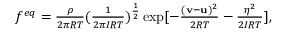
\begin{array} { r } { f ^ { e q } = \frac { \rho } { 2 \pi R T } ( \frac { 1 } { 2 \pi I R T } ) ^ { \frac { 1 } { 2 } } \exp [ - \frac { ( \mathbf { v } - \mathbf { u } ) ^ { 2 } } { 2 R T } - \frac { \eta ^ { 2 } } { 2 I R T } ] , } \end{array}